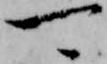
可